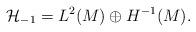
LaTeX: \begin{align*}\mathcal{H}_{-1}=L^2(M)\oplus H^{-1}(M ).\end{align*}